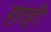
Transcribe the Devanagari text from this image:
हारही